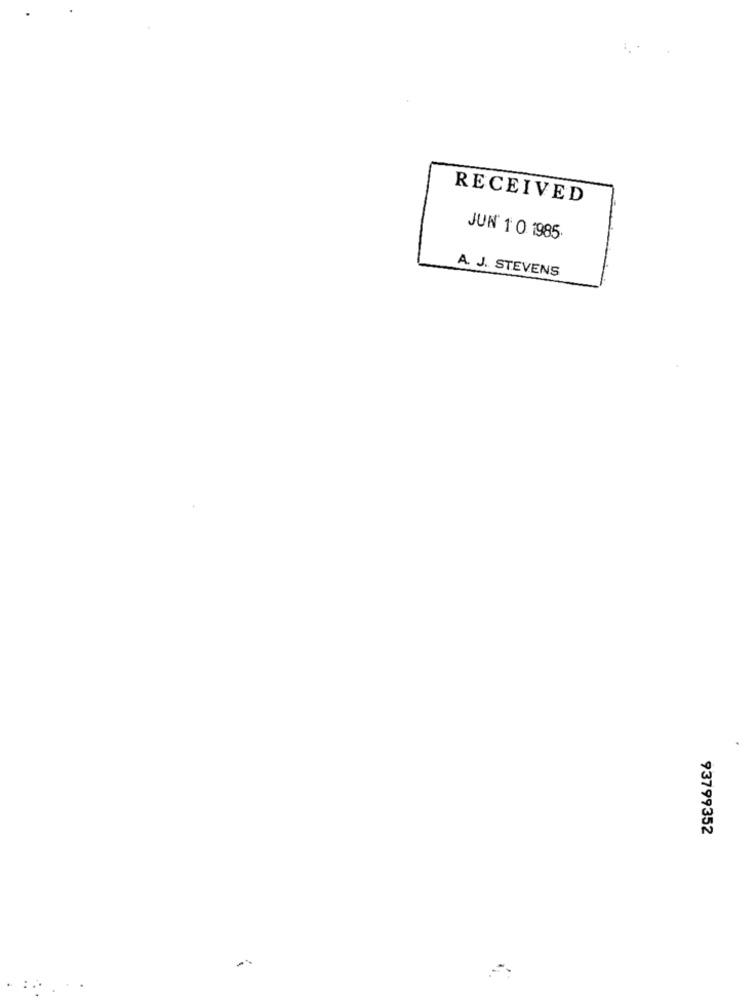
RECEIVED
JUN' 1 0 1985
A. J. STEVENS
93799352